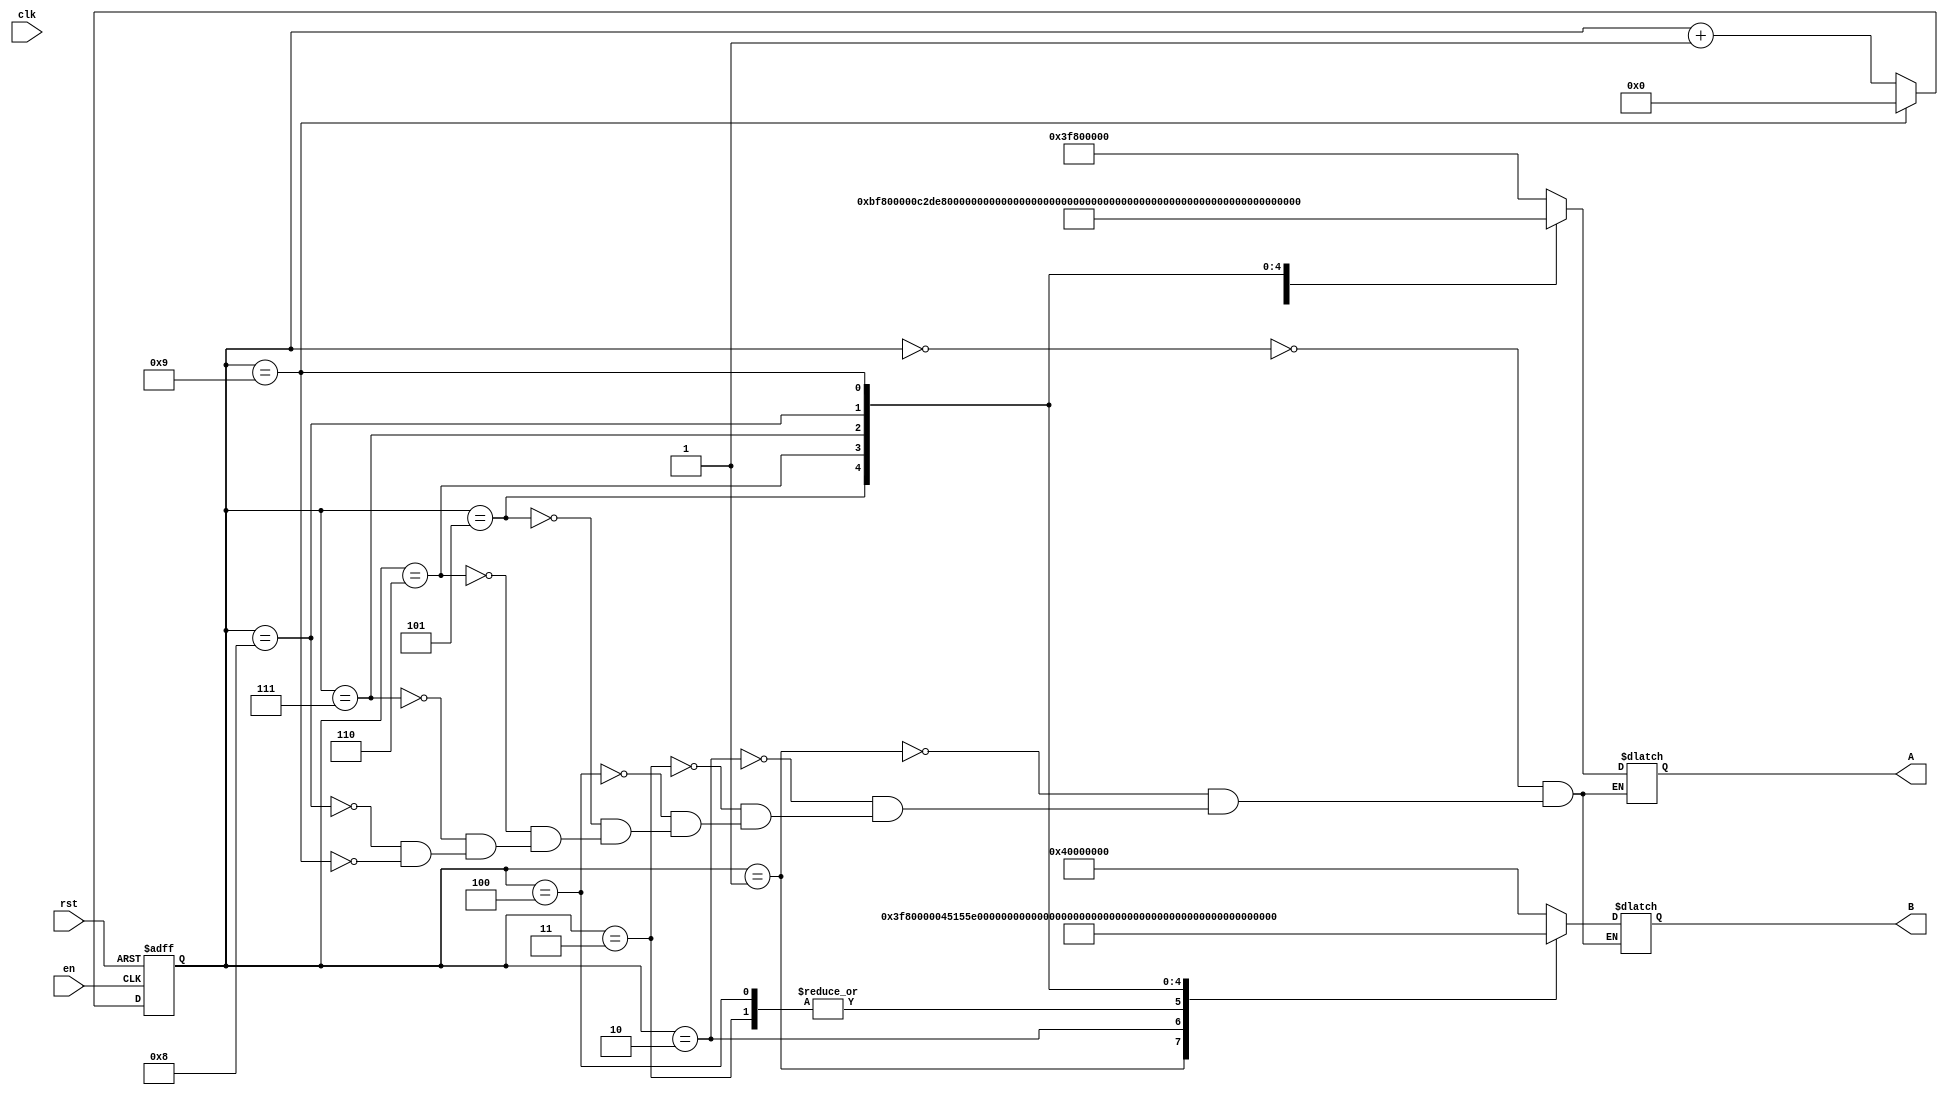
`timescale 1ns / 1ps


module DataMemory(input clk, input rst, input en, output reg [31:0] A, output reg [31:0] B);
     reg [3:0] i;

    always @(posedge rst or posedge en)
        begin
            if (rst)
                i = 4'b0000;
            else if(i == 4'b1001)
                i = 4'b0000;
            else
                i = i + 1;
        end
 
     always @(*)
                begin
                    case(i)
                        4'b0000:
                            begin
                                A = 32'h3f800000;
                                B = 32'h40000000;
                            end
                        4'b0001:
                            begin
                                A = 32'hbf800000;
                                B = 32'h3f800000;
                            end
                        4'b0010:
                            begin
                                A = 32'hc2de8000;
                                B = 32'h45155e00;
                            end
                        4'b0011:
                            begin
                                A = 32'h6b64b235;
                                B = 32'h6ac49214;
                            end
                        4'b0100:
                            begin
                                A = 32'h2ac49214;
                                B = 32'h6ac49214;
                            end
                        4'b0101:
                            begin
                                A = 32'hbfc66666;
                                B = 32'h3fc7ae14;
                            end
                        4'b0110:
                            begin
                                A = 32'hc565ee8b;
                                B = 32'h4565ee8a;
                            end
                        4'b0111:
                            begin
                                A = 32'h447a4efa;
                                B = 32'hc47a1ccd;
                            end
                        4'b1000:
                            begin
                                A = 32'h00000000;
                                B = 32'h00000000;
                            end
                        4'b1001:
                            begin
                                A = 32'h38108900;
                                B = 32'hbb908900;
                            end
                endcase
            end
endmodule